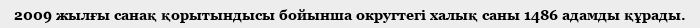
2009 жылғы санақ қорытындысы бойынша округтегі халық саны 1486 адамды құрады.